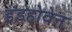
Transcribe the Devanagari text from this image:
इंडहोवेन